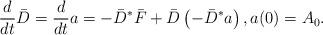
LaTeX: \begin{align*}\frac{d}{dt} \bar{D} = \frac{d}{dt} a = - \bar{D}^* \bar{F} + \bar{D} \left( -\bar{D}^* a \right), a(0) = A_0.\end{align*}